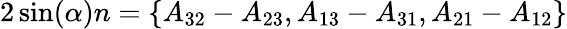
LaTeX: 2\sin(\alpha)n=\{ A_{32}-A_{23},A_{13}-A_{31},A_{21}-A_{12}\}